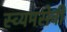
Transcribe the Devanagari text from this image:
स्व्यमसेवी